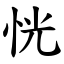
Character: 恍